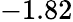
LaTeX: -1.82